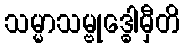
သမ္မာသမ္ဗုဒ္ဓေါမှီတိ